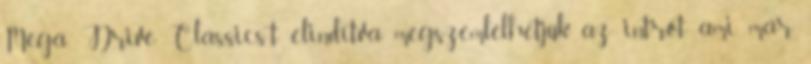
Mega Drive Classics-t elindítva megszemlélhetjük az intrót, ami már